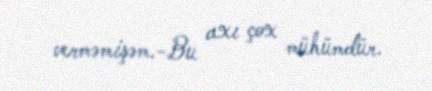
verməmişəm.-Bu axı çox mühümdür.